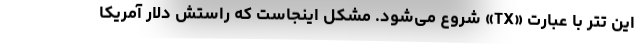
این تتر با عبارت‌ «TX» شروع می‌شود. مشکل اینجاست که راستش دلار آمریکا